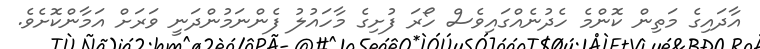
އާދައިގެ މަތިން ކޮންމެ ހެދުނެއްގައިވެސް ހޯރަ ފުށިގެ މާހައުލު ފެންނަމުންދަނީ ވަރަށް އަމާންކޮށެވެ.